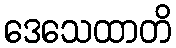
ဒေသေထာတိ